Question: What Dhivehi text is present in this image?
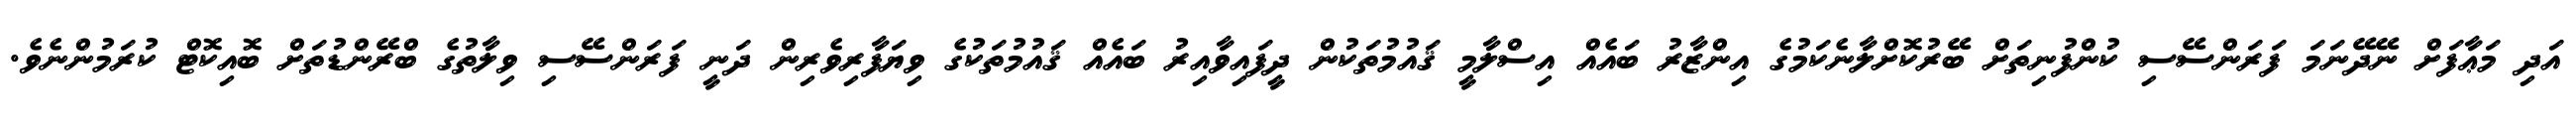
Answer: އަދި މަޢާފަށް ނޭދޭނަމަ ފަރަންސޭސި ކުންފުނިތަށް ބޭރުކޮށްލާނެކަމުގެ އިންޒާރު ބައެއް އިސްލާމީ ޤައުމުތަކުން ދީފައިވާއިރު ބައެއް ޤައުމުތަކުގެ ވިޔަފާރިވެރިން ދަނީ ފަރަންސޭސި ވިލާތުގެ ބްރޭންޑުތަށް ބޮއިކޮޓް ކުރަމުންނެވެ.